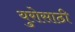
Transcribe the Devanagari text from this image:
युरोसाठी